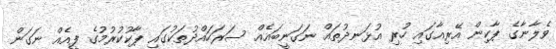
ވެލާނާގެ ޕާކިން އޭރިއާގައި ހުރި އުޅަނދުތައް ނަގަނީބައެއް ސަރަހައްދުތަކުގައި ޕާކުކުރުމުގެ ފީއެއް ނަގަން